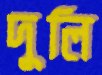
দুলি